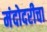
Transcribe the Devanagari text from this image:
मंदोदरीचा